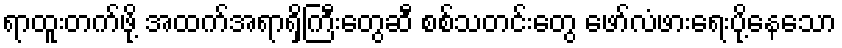
ရာထူးတက်ဖို့ အထက်အရာရှိကြီးတွေဆီ စစ်သတင်းတွေ ဖော်လံဖားရေးပို့နေသော